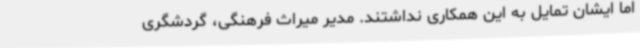
اما ایشان تمایل به این همکاری نداشتند. مدیر میراث فرهنگی، گردشگری